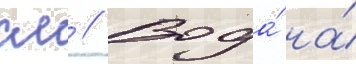
см // Вода́ на́